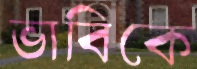
ভাবিকে